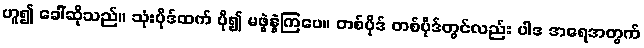
ဟူ၍ ခေါ်ဆိုသည်။ သုံးပိုဒ်ထက် ပို၍ မဖွဲ့နွဲ့ကြပေ။ တစ်ပိုဒ် တစ်ပိုဒ်တွင်လည်း ပါဒ အရေအတွက်